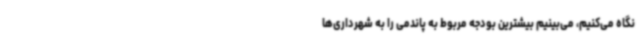
نگاه می‌کنیم، می‌بینیم بیشترین بودجه مربوط به پاندمی را به شهرداری‌ها